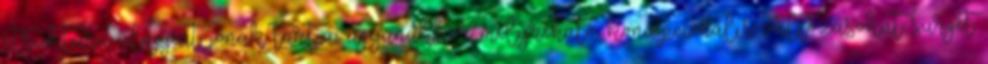
struktúra alapjait jónak tartja, ugyanakkor mélyreható, koncepcionális változásokat sürget